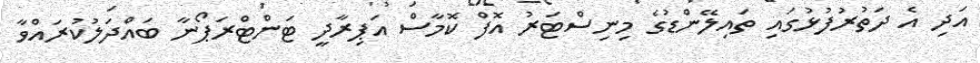
އަދި އެ ދަތުރުފުޅުގައި ތައިލޭންޑުގެ މިނިސްޓަރު އޮފް ކޮމާސް އަޕިރާދީ ޓަންޓްރަޕޯނާ ބައްދަލުކުރައްވާ